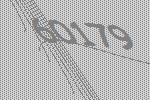
60179